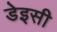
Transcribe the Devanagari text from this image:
डेइसी